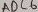
Text: ADC6